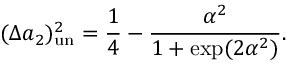
( \Delta a _ { 2 } ) _ { \mathrm { u n } } ^ { 2 } = \frac { 1 } { 4 } - \frac { \alpha ^ { 2 } } { 1 + \exp ( 2 \alpha ^ { 2 } ) } .